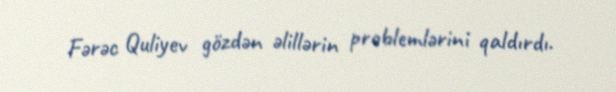
Fərəc Quliyev gözdən əlillərin problemlərini qaldırdı.